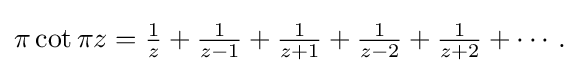
{\textstyle \pi \cot \pi z={\frac {1}{z}}+{\frac {1}{z-1}}+{\frac {1}{z+1}}+{\frac {1}{z-2}}+{\frac {1}{z+2}}+\cdots .}